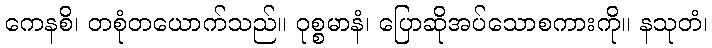
ကေနစိ၊ တစုံတယောက်သည်။ ဝုစ္စမာနံ၊ ပြောဆိုအပ်သောစကားကို။ နသုတံ၊